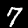
Label: 7